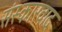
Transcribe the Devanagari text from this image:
संस्कारवाद